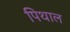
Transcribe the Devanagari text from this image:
पिथाल